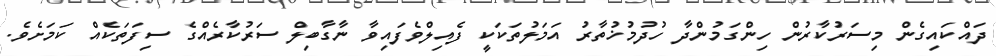
ދައްކައިގެން މިސަރުކާރުން ހިންގަމުންދާ ހުދުމުޚުތާރު އަމަލުތަކަކީ ފެއިލްވެފައިވާ ނާގާބިލް ސަރުކާރެއްގެ ސިފަތަކެއް ކަމަށެވެ.